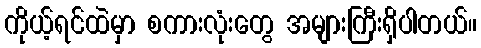
ကိုယ့်ရင်ထဲမှာ စကားလုံးတွေ အများကြီးရှိပါတယ်။